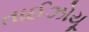
તાઈઝોયૂ